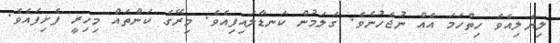
ލިޔެލިއެވެ ހިތްހަމަ އެއް ނުޖެހުނެވެ. ގަލަމުން ކަނޑާލައިފިއެވެ. މިރޭގެ ކަންތައް މިހިރީ ފެށިފައެވެ.